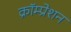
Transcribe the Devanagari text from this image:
क्रॉम्प्रेशन